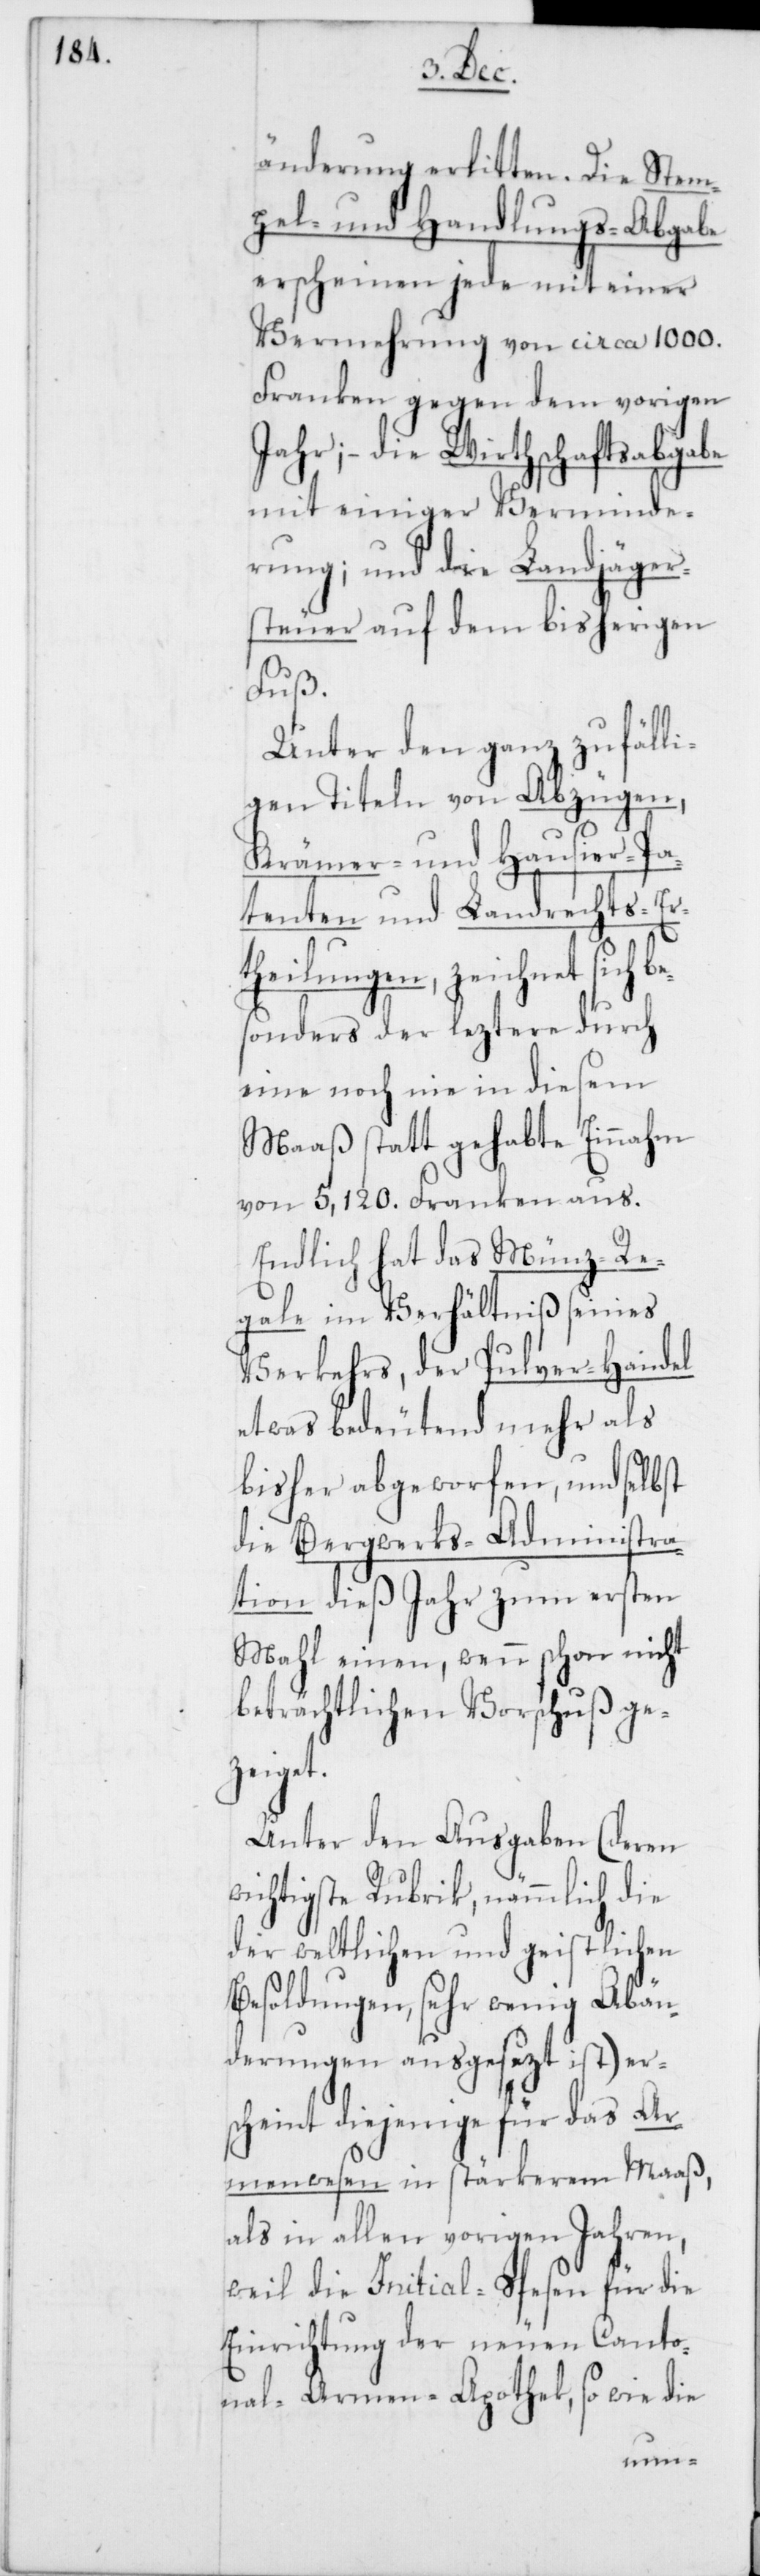
änderung erlitten. Die Stem¬
pel- und Handlungs-Abgabe
erscheinen jede mit einer
Vermehrung von circa 1000.
Franken gegen dem vorigen
Jahr; – die Wirthschaftsabgabe
mit einiger Verminde¬
rung; und die Landjägers¬
teuer auf dem bisherigen
Fuß.
Unter den ganz zufälli¬
gen Titeln von Abzügen,
Krämer- und Hausier-Pa¬
tenten und Landrechts-Er¬
theilungen, zeichnet sich b¬
esonders der leztere durch
eine noch nie in diesem
Maaß statt gehabte Einnahm
von 5,120. Franken aus.
Endlich hat das Münz-Re¬
gale im Verhältniß seines
Verkehrs, der Pulver-Handel
etwas bedeutend mehr als
bisher abgeworfen, und selbst
die Bergwerks-Administra¬
tion dieß Jahr zum ersten
Mahl einen, wenn schon nicht
beträchtlichen Vorschuß ge¬
zeiget.
Unter den Ausgaben (deren
wichtigste Rubrik, nämmlich die
der weltlichen und geistlichen
Besoldungen, sehr wenig Abän¬
derungen ausgesezt ist) er¬
scheint diejenige für das Ar¬
menwesen in stärkerem Maaß,
als in allen vorigen Jahren,
weil die Initial-Spesen für die
Einrichtung der neuen Canto¬
nal-Armen-Apothek, so wie die